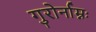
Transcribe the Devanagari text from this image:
गुरोर्नाम्नः